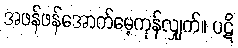
အဖန်ဖန်အောက်မေ့ကုန်လျှက်။ ပဋိ